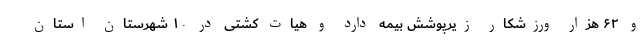
و ۶۲ هزار ورزشکار زیرپوشش بیمه دارد و هیات کشتی در ۱۰ شهرستان استان